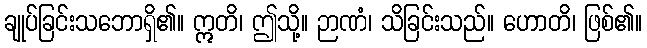
ချုပ်ခြင်းသဘောရှိ၏။ ဣတိ၊ ဤသို့။ ဉာဏံ၊ သိခြင်းသည်။ ဟောတိ၊ ဖြစ်၏။